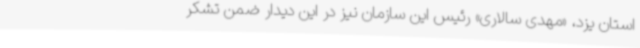
استان یزد، «مهدی سالاری» رئیس این سازمان نیز در این دیدار ضمن تشکر